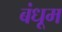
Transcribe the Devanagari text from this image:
बंधूम